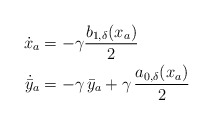
\begin{align*} \dot{{x}}_a &=-\gamma\dfrac{ b_{1,\delta}(x_a)}{2 }\\\dot{\bar{y}}_a & = -\gamma\, \bar{y}_a + \gamma\, \dfrac{a_{0, \delta}({x}_a)}{2}\end{align*}